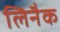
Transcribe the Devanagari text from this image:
लिनैक